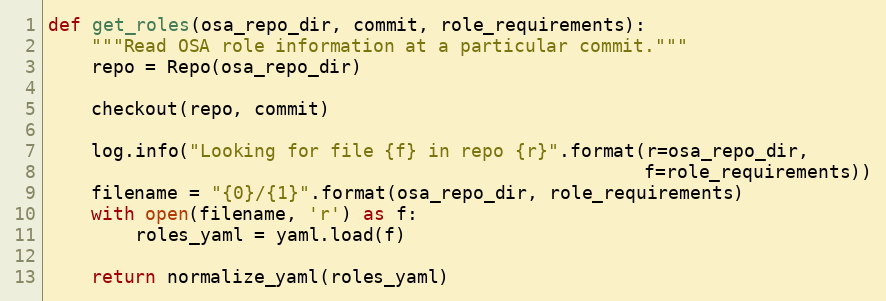
Language: Python
def get_roles(osa_repo_dir, commit, role_requirements):
    """Read OSA role information at a particular commit."""
    repo = Repo(osa_repo_dir)

    checkout(repo, commit)

    log.info("Looking for file {f} in repo {r}".format(r=osa_repo_dir,
                                                       f=role_requirements))
    filename = "{0}/{1}".format(osa_repo_dir, role_requirements)
    with open(filename, 'r') as f:
        roles_yaml = yaml.load(f)

    return normalize_yaml(roles_yaml)